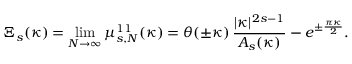
\Xi _ { s } ( \kappa ) = \operatorname * { l i m } _ { N \to \infty } \mu _ { s , N } ^ { 1 1 } ( \kappa ) = \theta ( \pm \kappa ) \, \frac { | \kappa | ^ { 2 s - 1 } } { A _ { s } ( \kappa ) } - e ^ { \pm \frac { \pi \kappa } { 2 } } .